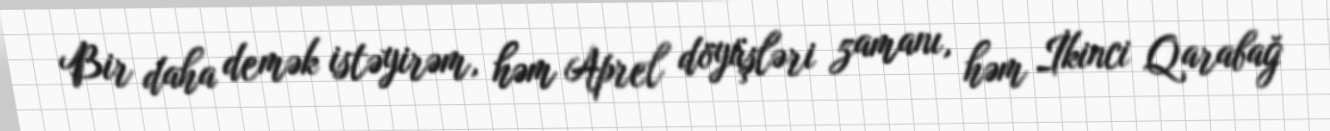
Bir daha demək istəyirəm, həm Aprel döyüşləri zamanı, həm İkinci Qarabağ